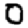
Digit: 0